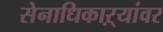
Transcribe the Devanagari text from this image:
सेनाधिकाऱ्यांवर